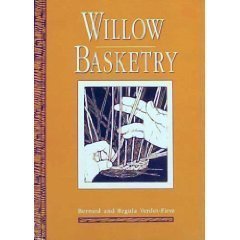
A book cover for Willow Basketry; Bernard Verdet-Fierz; Crafts, Hobbies & Home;